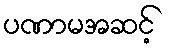
ပဏာမအဆင့်